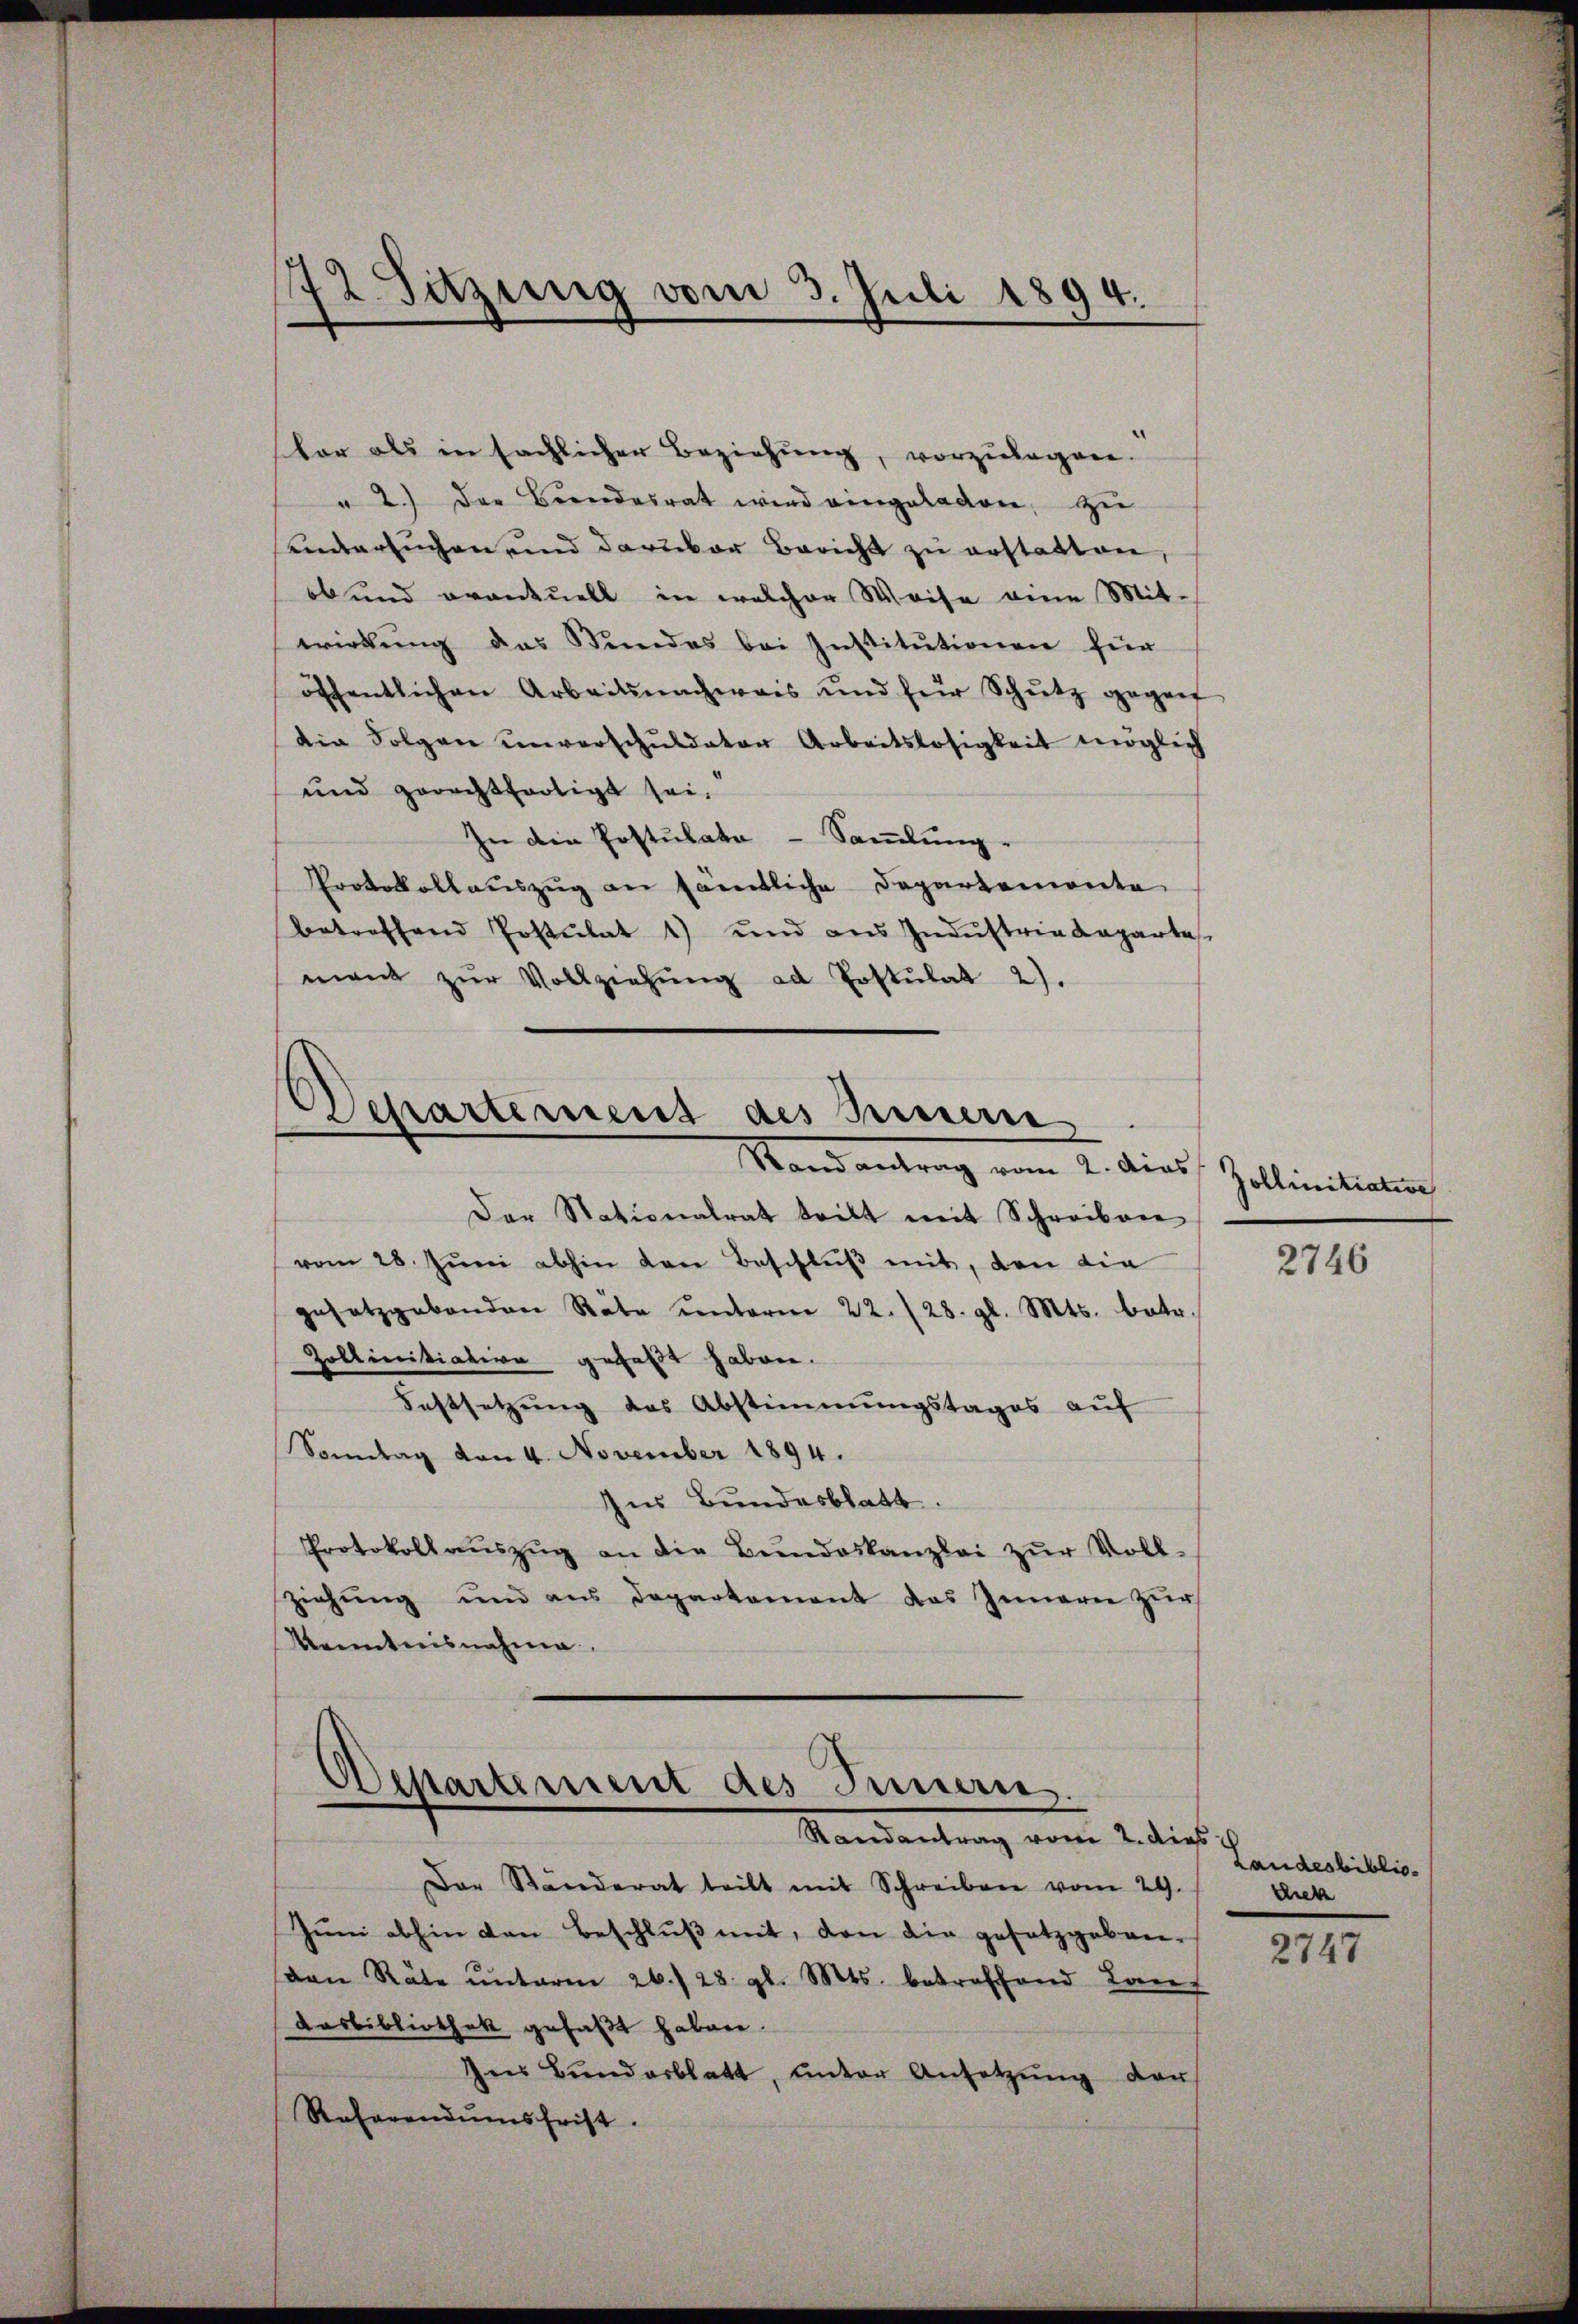
vor als in sächlichen Beziehung, vorzulagen.
" 2.) Der Bundesrat wird eingeladen, zu
sondersuchen und darüber Bericht zu erstatten,
ob und eventuell in welcher Weise eine Mit-
wirdŭng das Stundes bei Institutionen für
öffentlichen Arbeitsnachweis und für Schŭtz gegen
die Folgen unverschuldeter Arbeitslosigkeit möglich
und gerechtfertigt sei.
In die Postulata - Sammlung
Protokollauszug an sämtliche Departemente
betreffend Postulat 1) und aus Indŭstria Laparta
mant zŭr Vollziehŭng ad Erstŭlat 2).

72. Sitzung vom 3. Juli 1891
A.

Departement des Innern
Stand antrag vom 2. dies

Der Stationalrat teilt mit Schreiben
vom 28. Jŭni abhin den Beschluß mit, den die
gesetzgebenden Räte unterm 22. 28. gl. Mts. betr.
Pollinitiation gefaßt haben.
Festsetzung des Abstimmungstages aŭf
Sonntag von 4. November 1894.
Ins Bundesblatt.
Protokoll aŭszŭg an die Bŭndeskanzlei zŭr Voll-
ziehŭng und aus Departement das Innern zŭr
Kenntnisnahme.

Departement des Innern
Randantrag vom 2. dies

Der Ständerat teilt mit Schreiben vom 29.
Jŭni abhin den Beschluß mit, den die gesetzgeben-
von Räte ŭnterm 26./23. gl. Mts. betreffend Lauf
Aasbibliothek gefaßt haben.
In Bŭndarblatt, ŭnter Ansetzŭng
von
Refarendumsfrist.

Zollinitiative

2746

Landesbiblio-
chicke

2747